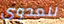
للعدوى